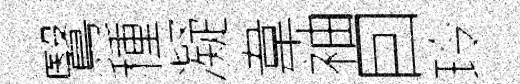
鷖種凝韋袖囙玲